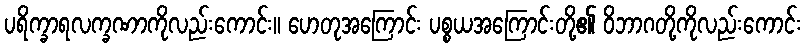
ပရိက္ခာရလက္ခဏာကိုလည်းကောင်း။ ဟေတုအကြောင်း ပစ္စယအကြောင်းတို့၏ ဝိဘာဂတို့ကိုလည်းကောင်း